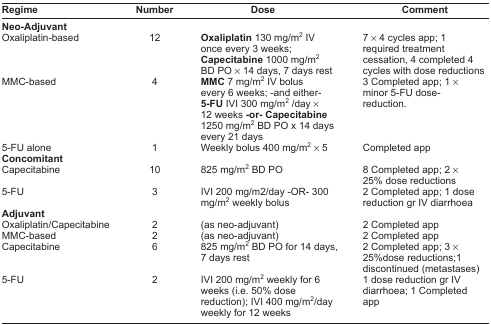
| Regime | Number | Dose | Comment |
 | --- | --- | --- | --- |
 | <COLSPAN=4> Neo-Adjuvant |
 | Oxaliplatin-based | 12 | Oxaliplatin 130 mg/m2 IV once every 3 weeks; Capecitabine 1000 mg/m2 BD PO × 14 days, 7 days rest | 7 × 4 cycles app; 1 required treatment cessation, 4 completed 4 cycles with dose reductions |
 | MMC-based | 4 | MMC 7 mg/m2 IV bolus every 6 weeks; -and either- 5-FU IVI 300 mg/m2 /day × 12 weeks -or- Capecitabine 1250 mg/m2 BD PO x 14 days every 21 days | 3 Completed app; 1 × minor 5-FU dose- reduction. |
 | 5-FU alone | 1 | Weekly bolus 400 mg/m2 × 5 | Completed app |
 | <COLSPAN=4> Concomitant |
 | Capecitabine | 10 | 825 mg/m2 BD PO | 8 Completed app; 2 × 25% dose reductions |
 | 5-FU | 3 | IVI 200 mg/m2/day -OR- 300 mg/m2 weekly bolus | 2 Completed app; 1 dose reduction gr IV diarrhoea |
 | <COLSPAN=4> Adjuvant |
 | Oxaliplatin/Capecitabine | 2 | (as neo-adjuvant) | 2 Completed app |
 | MMC-based | 2 | (as neo-adjuvant) | 2 Completed app |
 | Capecitabine | 6 | 825 mg/m2 BD PO for 14 days, 7 days rest | 2 Completed app; 3 × 25%dose reductions;1 discontinued (metastases) |
 | 5-FU | 2 | IVI 200 mg/m2 weekly for 6 weeks (i.e. 50% dose reduction); IVI 400 mg/m2/day weekly for 12 weeks | 1 dose reduction gr IV diarrhoea; 1 Completed app |